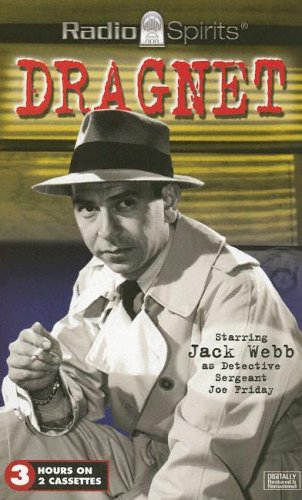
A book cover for Dragnet; Humor & Entertainment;